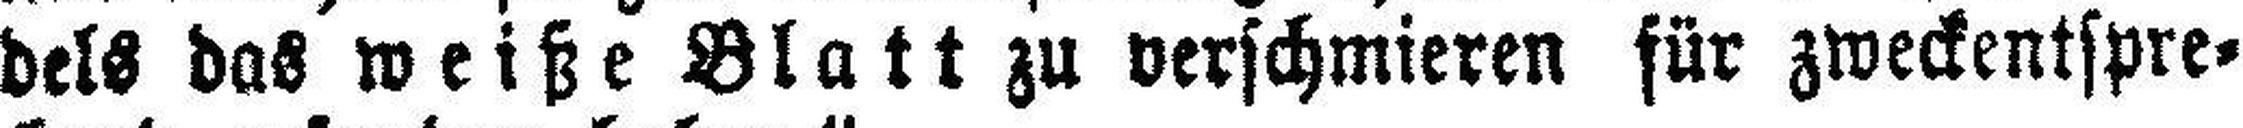
dels das weiße Blatt zu verschmieren für zweckentspre¬